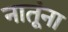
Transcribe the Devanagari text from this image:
नातूंना